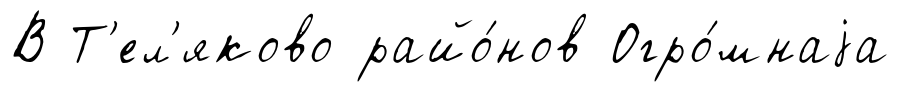
В Т'ел'яково райо́нов Огро́мнаjа